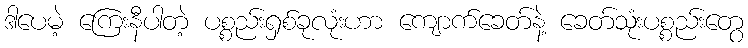
ဒါပေမဲ့ ကြေးနီပါတဲ့ ပစ္စည်းရှစ်ခုလုံးဟာ ကျောက်ခေတ်နဲ့ ခေတ်သုံးပစ္စည်းတွေ